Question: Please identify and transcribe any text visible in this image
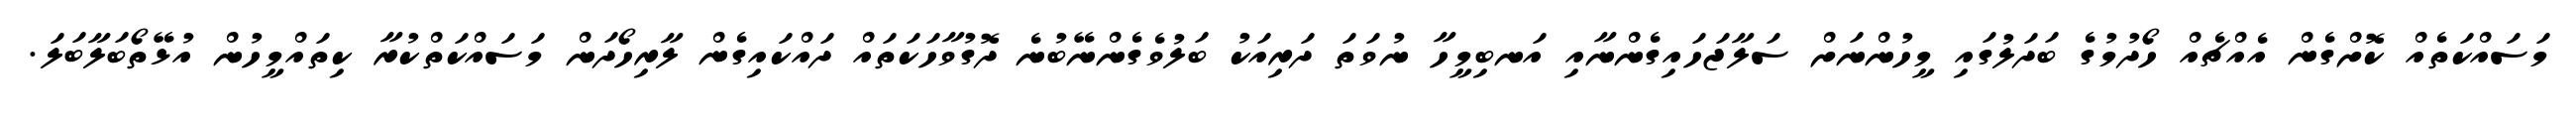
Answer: މަސައްކަތެއް ކޮށްގެން އެއްޗެއް ހޯދުމުގެ ބަދަލުގައި މީހުންނަށް ސަލާޖަހައިގެންނާއި އަނބިމީހާ ނުވަތަ ދަރިއަކު ބަލުވެގެންނޭބުނެ ދޮގުވާހަކަތައް ދައްކައިގެން ލާރިހޯދަން މަސައްކަތްކުރާ ކިތައްމީހުން އުޅޭތޯބަލާބަލަ.